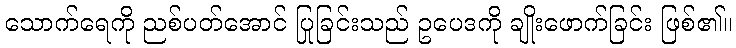
သောက်ရေကို ညစ်ပတ်အောင် ပြုခြင်းသည် ဥပေဒကို ချိုးဖောက်ခြင်း ဖြစ်၏။